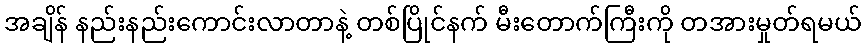
အချိန် နည်းနည်းကောင်းလာတာနဲ့ တစ်ပြိုင်နက် မီးတောက်ကြီးကို တအားမှုတ်ရမယ်